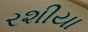
રશીયા